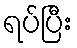
ရပ်ပြီး